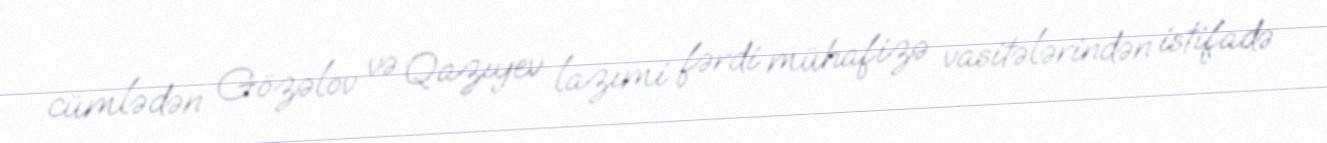
cümlədən Gözəlov və Qazıyev lazımi fərdi mühafizə vasitələrindən istifadə